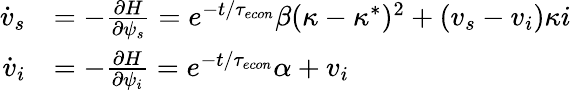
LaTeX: \begin{array}{rl}{\dot{v}_{s}}&{=-\frac{\partial H}{\partial\psi_{s}}=e^{-t/{\tau_{econ}}}\beta(\kappa-\kappa^{*})^{2}+(v_{s}-v_{i})\kappa i}\\ {\dot{v}_{i}}&{=-\frac{\partial H}{\partial\psi_{i}}=e^{-t/{\tau_{econ}}}\alpha+v_{i}}\end{array}